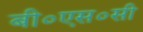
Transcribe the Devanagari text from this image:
बी०एस०सी